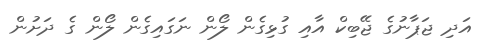
އަދި ޖަޕާނުގެ ޖޭބިކް އާއި ގުޅިގެން ލޯން ނަގައިގެން ލޯން ގެ ދަށުން